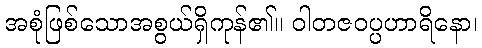
အစုံဖြစ်သောအစွယ်ရှိကုန်၏။ ဝါတဇဝပ္ပဟာရိနော၊